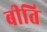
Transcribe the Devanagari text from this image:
बीति